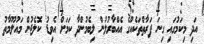
އަދި މިކަމުގައި ގިނަ ފަރާތްތަކެއްގެ އެއްބާރުލުން ލިބެމުންދާ ކަމަށް އެވިޑު ކޮލެޖުން މައުލޫމާތު